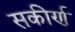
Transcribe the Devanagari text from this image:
सकीर्ण